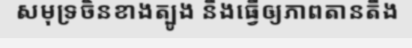
សមុទ្រចិនខាងត្បូង នឹងធ្វើឲ្យភាពតានតឹង